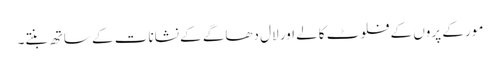
مور کے پروں کے فلوٹ کالے اور لال دھاگے کے نشانات کے ساتھ بنتے۔